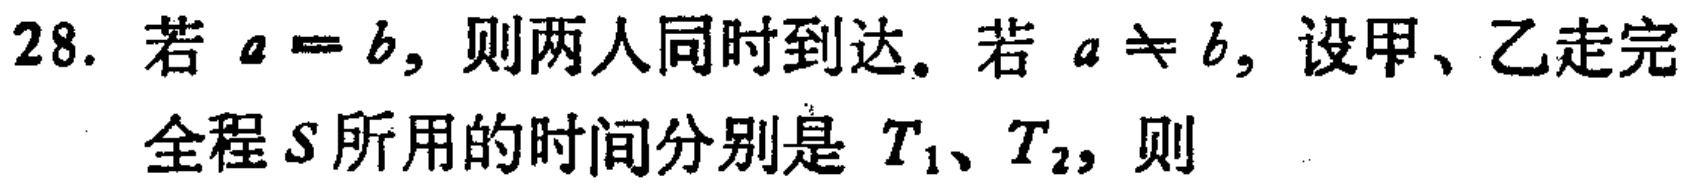
28. 若 \(a = b\)，则两人同时到达。若 \(a\neq b\)，设甲、乙走完全程 \(S\) 所用的时间分别是 \(T_1、T_2\)，则